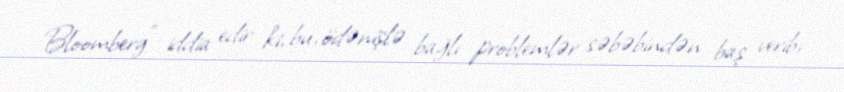
Bloomberg" iddia edir ki, bu, ödənişlə bağlı problemlər səbəbindən baş verib,